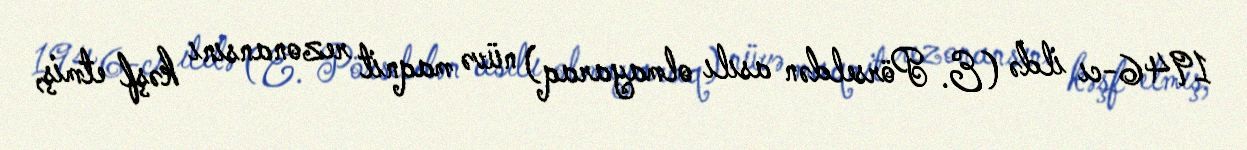
1946-cı ildə (E. Pörseldən asılı olmayaraq) nüvə maqnit rezonansını kəşf etmiş,